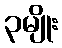
၃မျိုး